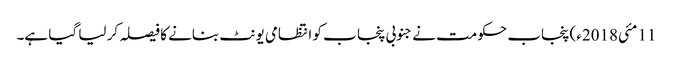
11 مئی2018ء) پنجاب حکومت نے جنوبی پنجا ب کو انتظامی یونٹ بنانے کا فیصلہ کر لیا گیا ہے۔